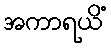
အကာရယိံ